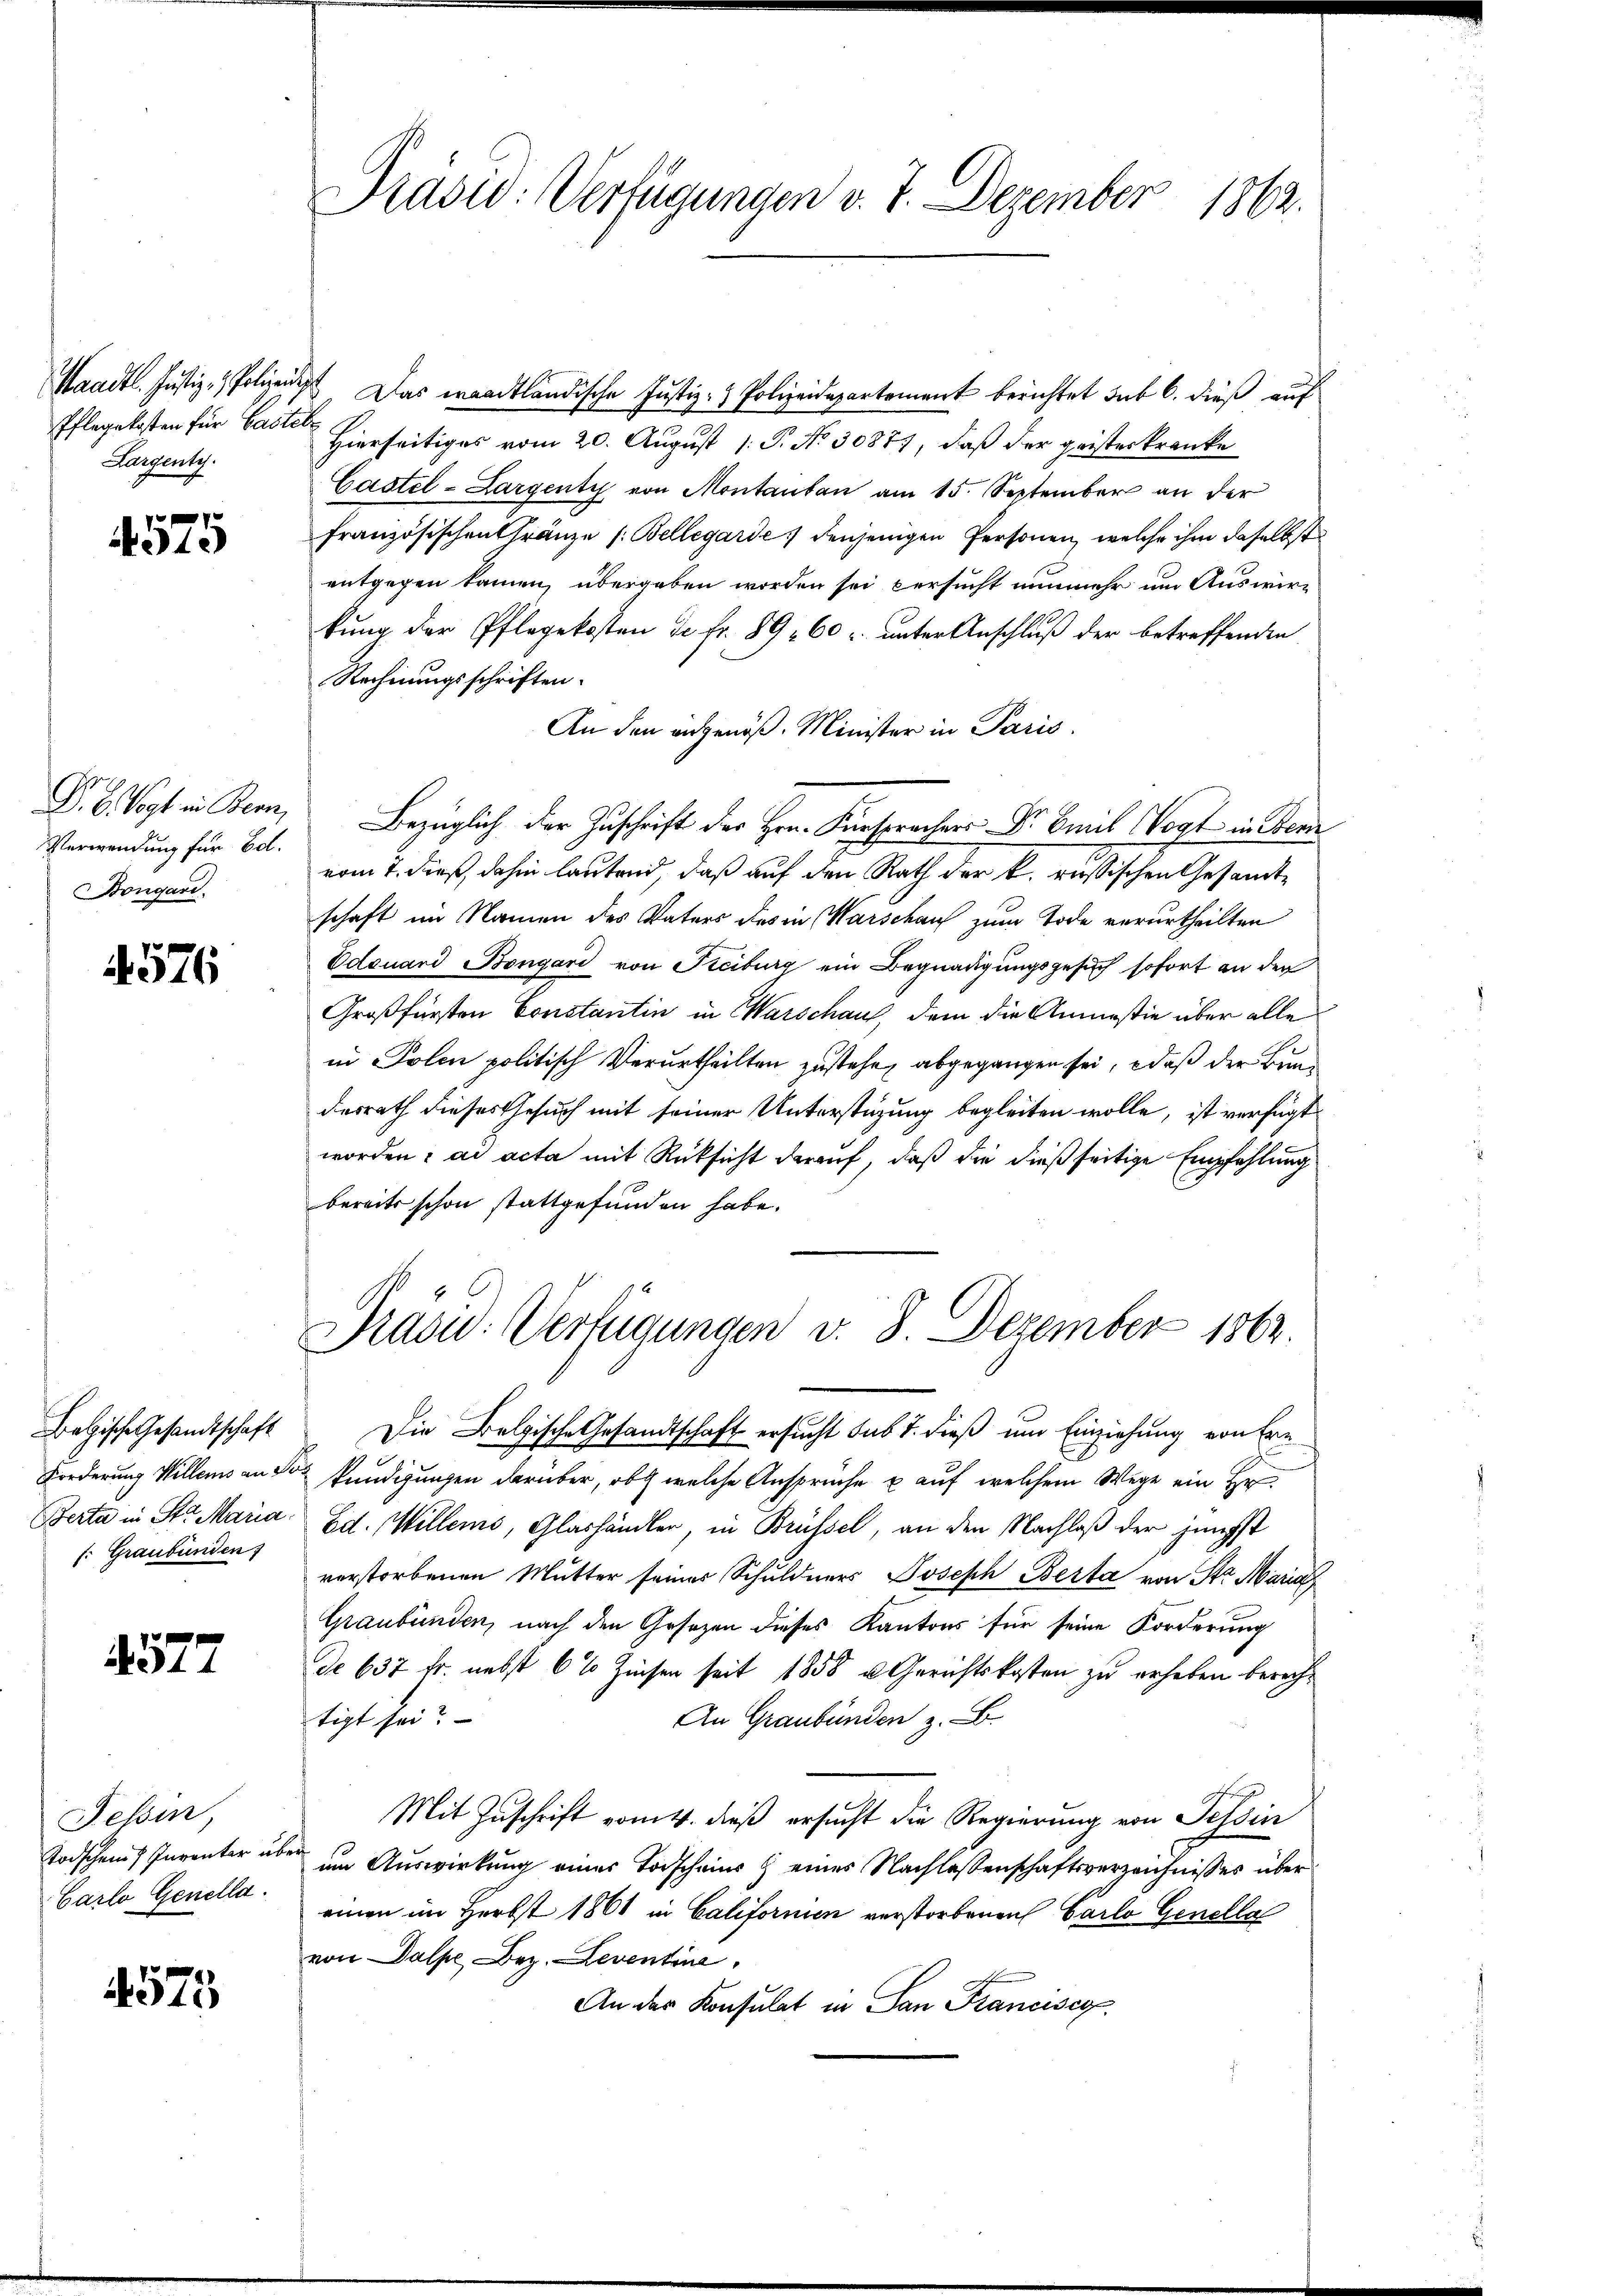
Saadtl. Justiz- & Polizei.
Pflegekosten für Basle
Largenty.

4575

D. B. Vogt in Bern,
Verwendung für Ed.
Bongari

4576

Betische Gesandtschaft
Berta in Str. Maria
f: Graubünden

577

Fessen,
Todschen Inventer in
Carlo Genella.

4575

Präsid. Verfügungen v. 7. Dezember 1862.

Das waadtländische Justiz- & Polizeidepartement berichtet sub 6. dieß auf
i
Hierseitiges vom 20. August 1. P. No 30877, daß der geisterkranke
Castel-Largenti von Montantan am 15. September an der
französischen Gränze (Bellegarde denjenigen Personen, welche ihm daselbst
entgegen kamen, übergeben worden sei versucht nunmehr um Auswirkung der Pflegekosten de fr. 89. 60 unter Anschluß der betreffenden
Rechnungsschriften.
An den angenöß. Minister in Paris.
Bezüglich der Zuschrift des Hrn. Fürsprachers Dr Emil Vogt in Bem
vom 7. dieß, dahin lautend, daß auf den Rath der k. russischen Gesandtschaft im Namen des Vaters des in Warschaus zum Tode verurtheilten
Odouard Bongari von Kreiburg ein Begnadigungsgesuch sofort an der
Großfürsten Constantin in Warschaus, dem die Anmasie über alle
in Polen politisch Verurtheilten zustehe, abgegangen sei, daß der Bund
desrath dieses Gesuch mit seiner Unterstüzung begleiten wolle, ist verfügt
worden: ad acta mit Rücksicht darauf, daß die dießseitige Empfehlung
bereits schon stattgefunden habe.
Präsid. Verfügungen v. 8. Dezember 1862.
Die Belgische Gesandtschaft ersucht sub 7. dieß um Einziehung von Ern
1
Forderung Willens an So kundigungen darüber, ob welche Ansprüche u auf welchem Wege ein Hr
Ed. Willens, Glashändler, in Brüssel, an den Nachlaß der jüngst
verstorbenen Mutter seines Schuldners Joseph Berta von Str. Maria
Graubünden, nach den Gesezen dieses Kantons für seine Forderung
de 637 fr. nebst 6% Zinsen seit 1858 u. Gerichtskosten zu erheben berechtigt sei?
An Graubünden z. B.
Mit Zuschrift vom 4. dieß ersucht die Regierung von Tessin
um Auswirkung einer Todscheins & eines Nachlassenschaftsverzeichnisses über
einen im Herbst 1861 in Californien verstorbenen Carlo Genella
von Dalpe, Bez. Leventine
An der Konsulat in San Francisc